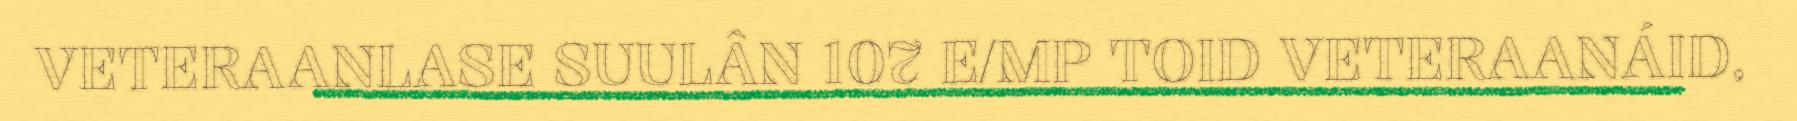
VETERAANLASE SUULÂN 107 E/MP TOID VETERAANÁID,